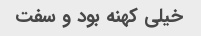
خیلی کهنه بود و سفت